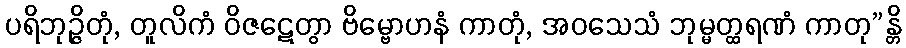
ပရိဘုဉ္ဇိတုံ, တူလိကံ ဝိဇဋေတွာ ဗိမ္ဗောဟနံ ကာတုံ, အဝသေသံ ဘုမ္မတ္ထရဏံ ကာတု”န္တိ